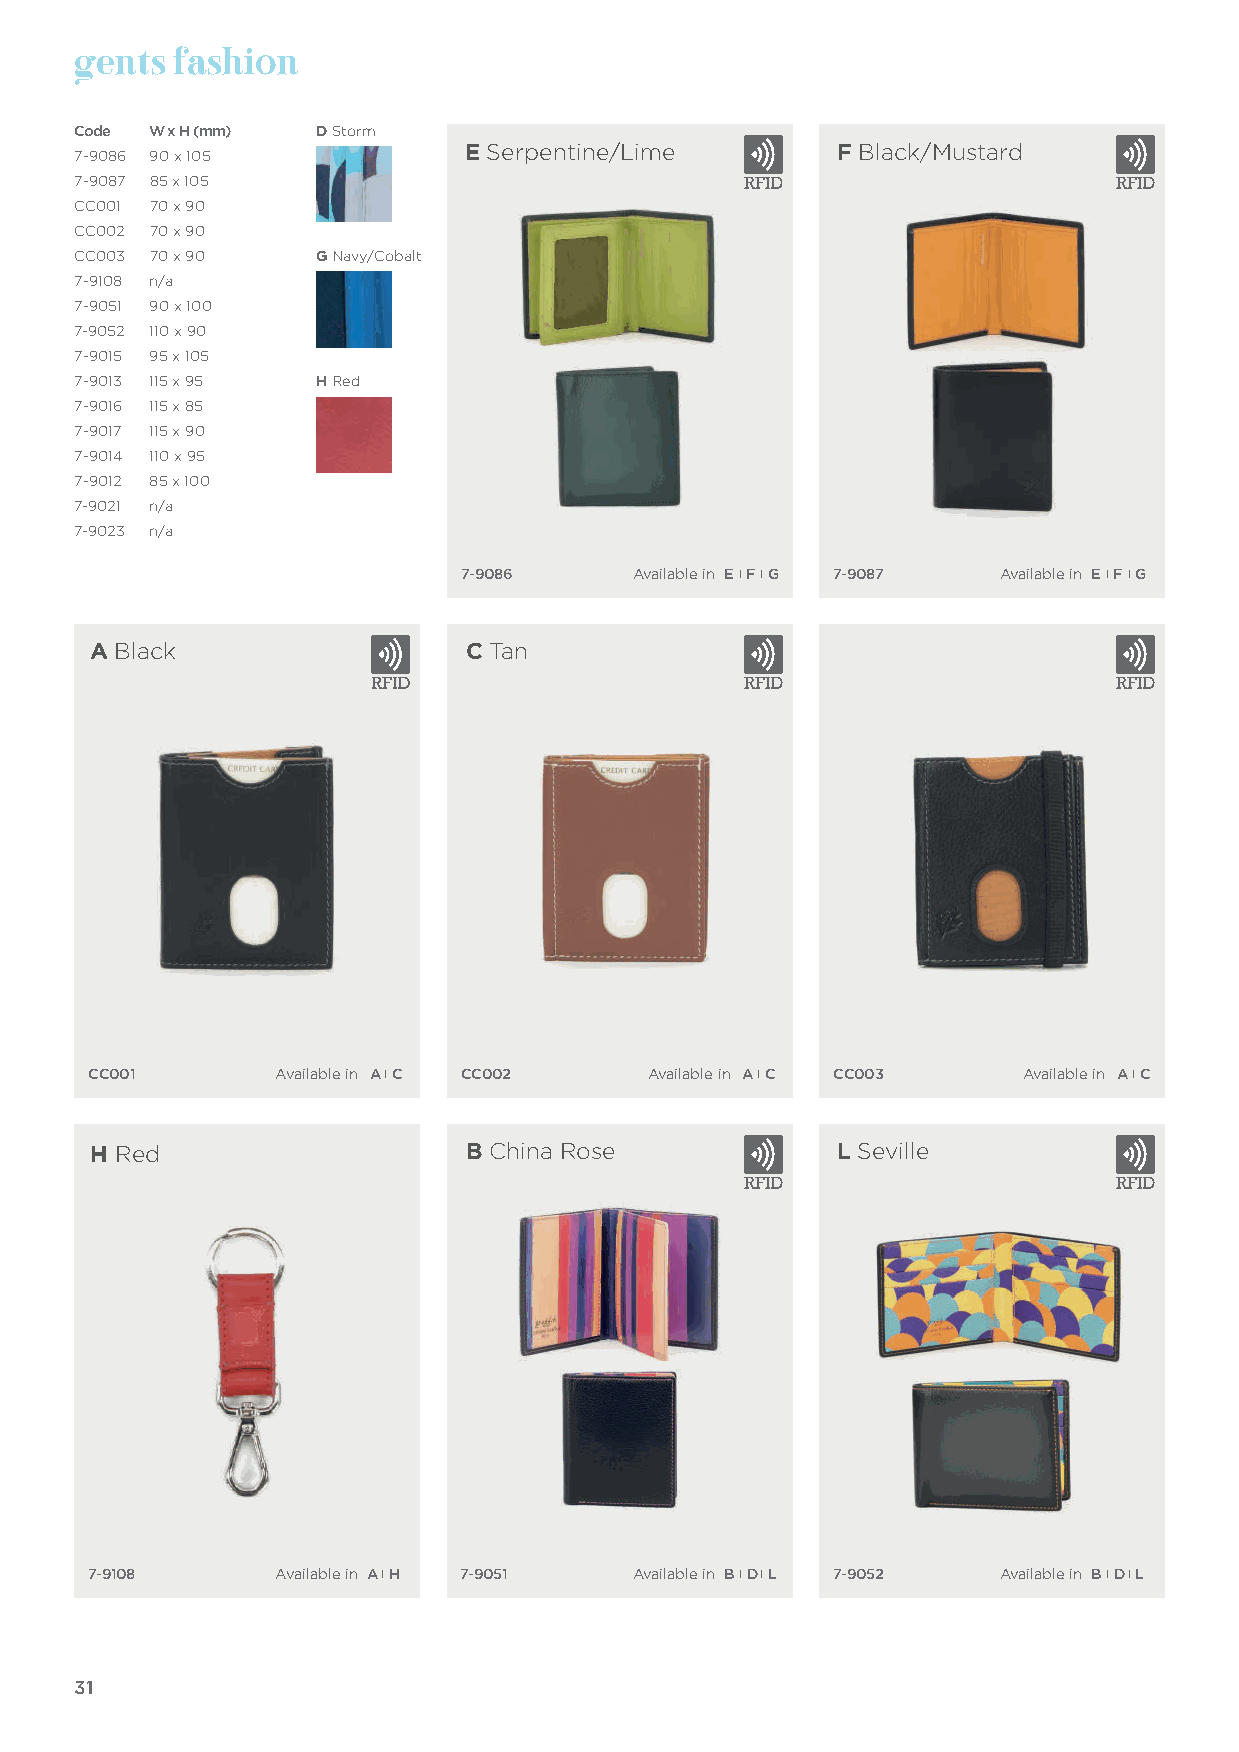
gents  fashion
 Code W x H (mm) D Storm
 E Serpentine/Lime        F Black/Mustard
 7-9086 90 x 105
 7-9087 85 x 105
 CC001 70 x 90
 CC002 70 x 90
 CC003 70 x 90   G Navy/Cobalt
 7-9108 n/a
 7-9051 90 x 100
 7-9052 110 x 90
 7-9015 95 x 105
 7-9013 115 x 95 H Red
 7-9016 115 x 85
 7-9017 115 x 90
 7-9014 110 x 95
 7-9012 85 x 100
 7-9021 n/a
 7-9023 n/a
 7-9086     Available in E I F I G 7-9087 Available in E I F I G
 A Black                  C Tan
 CC001       Available in A I C CC002 Available in A I C CC003 Available in A I C
 H Red                    B China Rose             L Seville
 7-9108      Available in A I H 7-9051 Available in B I D I L 7-9052 Available in B I D I L
 31